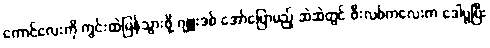
ကောင်လေးကို ကွင်းထဲပြန်သွားဖို့ ဂျူးဒစ် အော်ပြောမည့် ဆဲဆဲတွင် ဖီးလစ်ကလေးက ဒေါပွပြီး